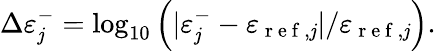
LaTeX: \Delta\varepsilon_{\mathit{j}}^{-}=\log_{10}\left(|\varepsilon_{\mathit{j}}^{-}-\varepsilon_{\mathrm{{~r~e~f~}},\mathit{j}}|/\varepsilon_{\mathrm{{~r~e~f~}},\mathit{j}}\right).